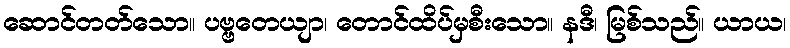
ဆောင်တတ်သော။ ပဗ္ဗတေယျာ၊ တောင်ထိပ်မှစီးသော။ နဒီ၊ မြစ်သည်။ ယာယ၊